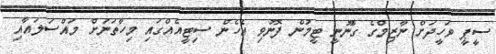
ސީޕީ ވަހީދަށް ނާޒިމްގެ ގާނޫނީ ޓީމުން ފޮނުވި އެހެން ސިޓީއެއްގައި މިހާތަނަށް މައްސަލައާއި